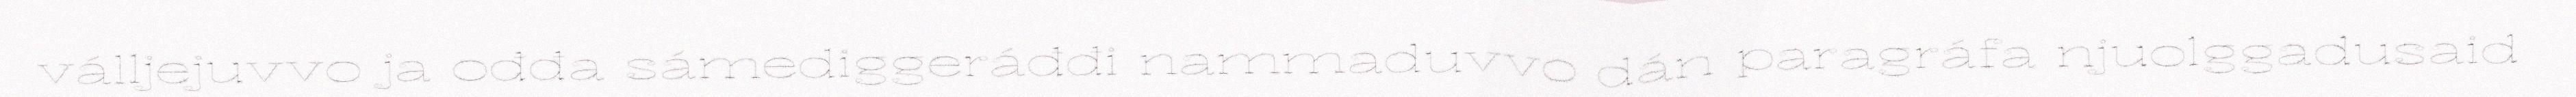
válljejuvvo ja ođđa sámediggeráđđi nammaduvvo dán paragráfa njuolggadusaid